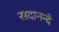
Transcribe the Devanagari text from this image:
सदानन्दे